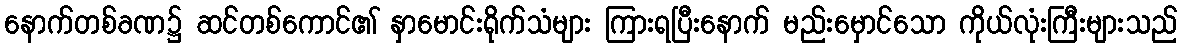
နောက်တစ်ခဏ၌ ဆင်တစ်ကောင်၏ နှာမောင်းရိုက်သံများ ကြားရပြီးနောက် မည်းမှောင်သော ကိုယ်လုံးကြီးများသည်